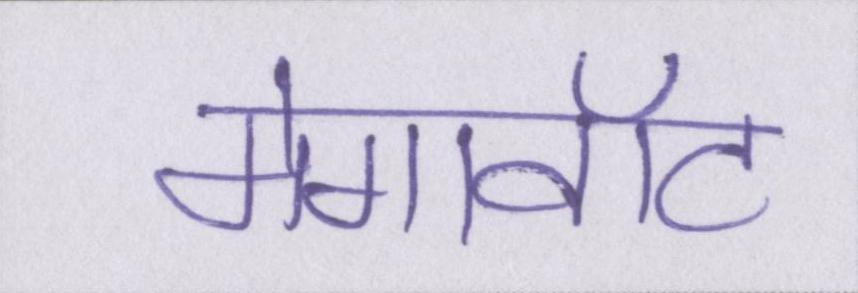
मेगावॉट